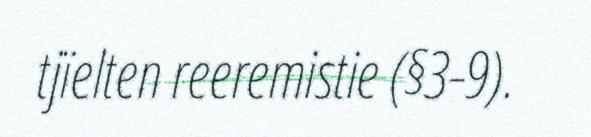
tjïelten reeremistie (§3-9).